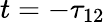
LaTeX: t=-\tau_{12}